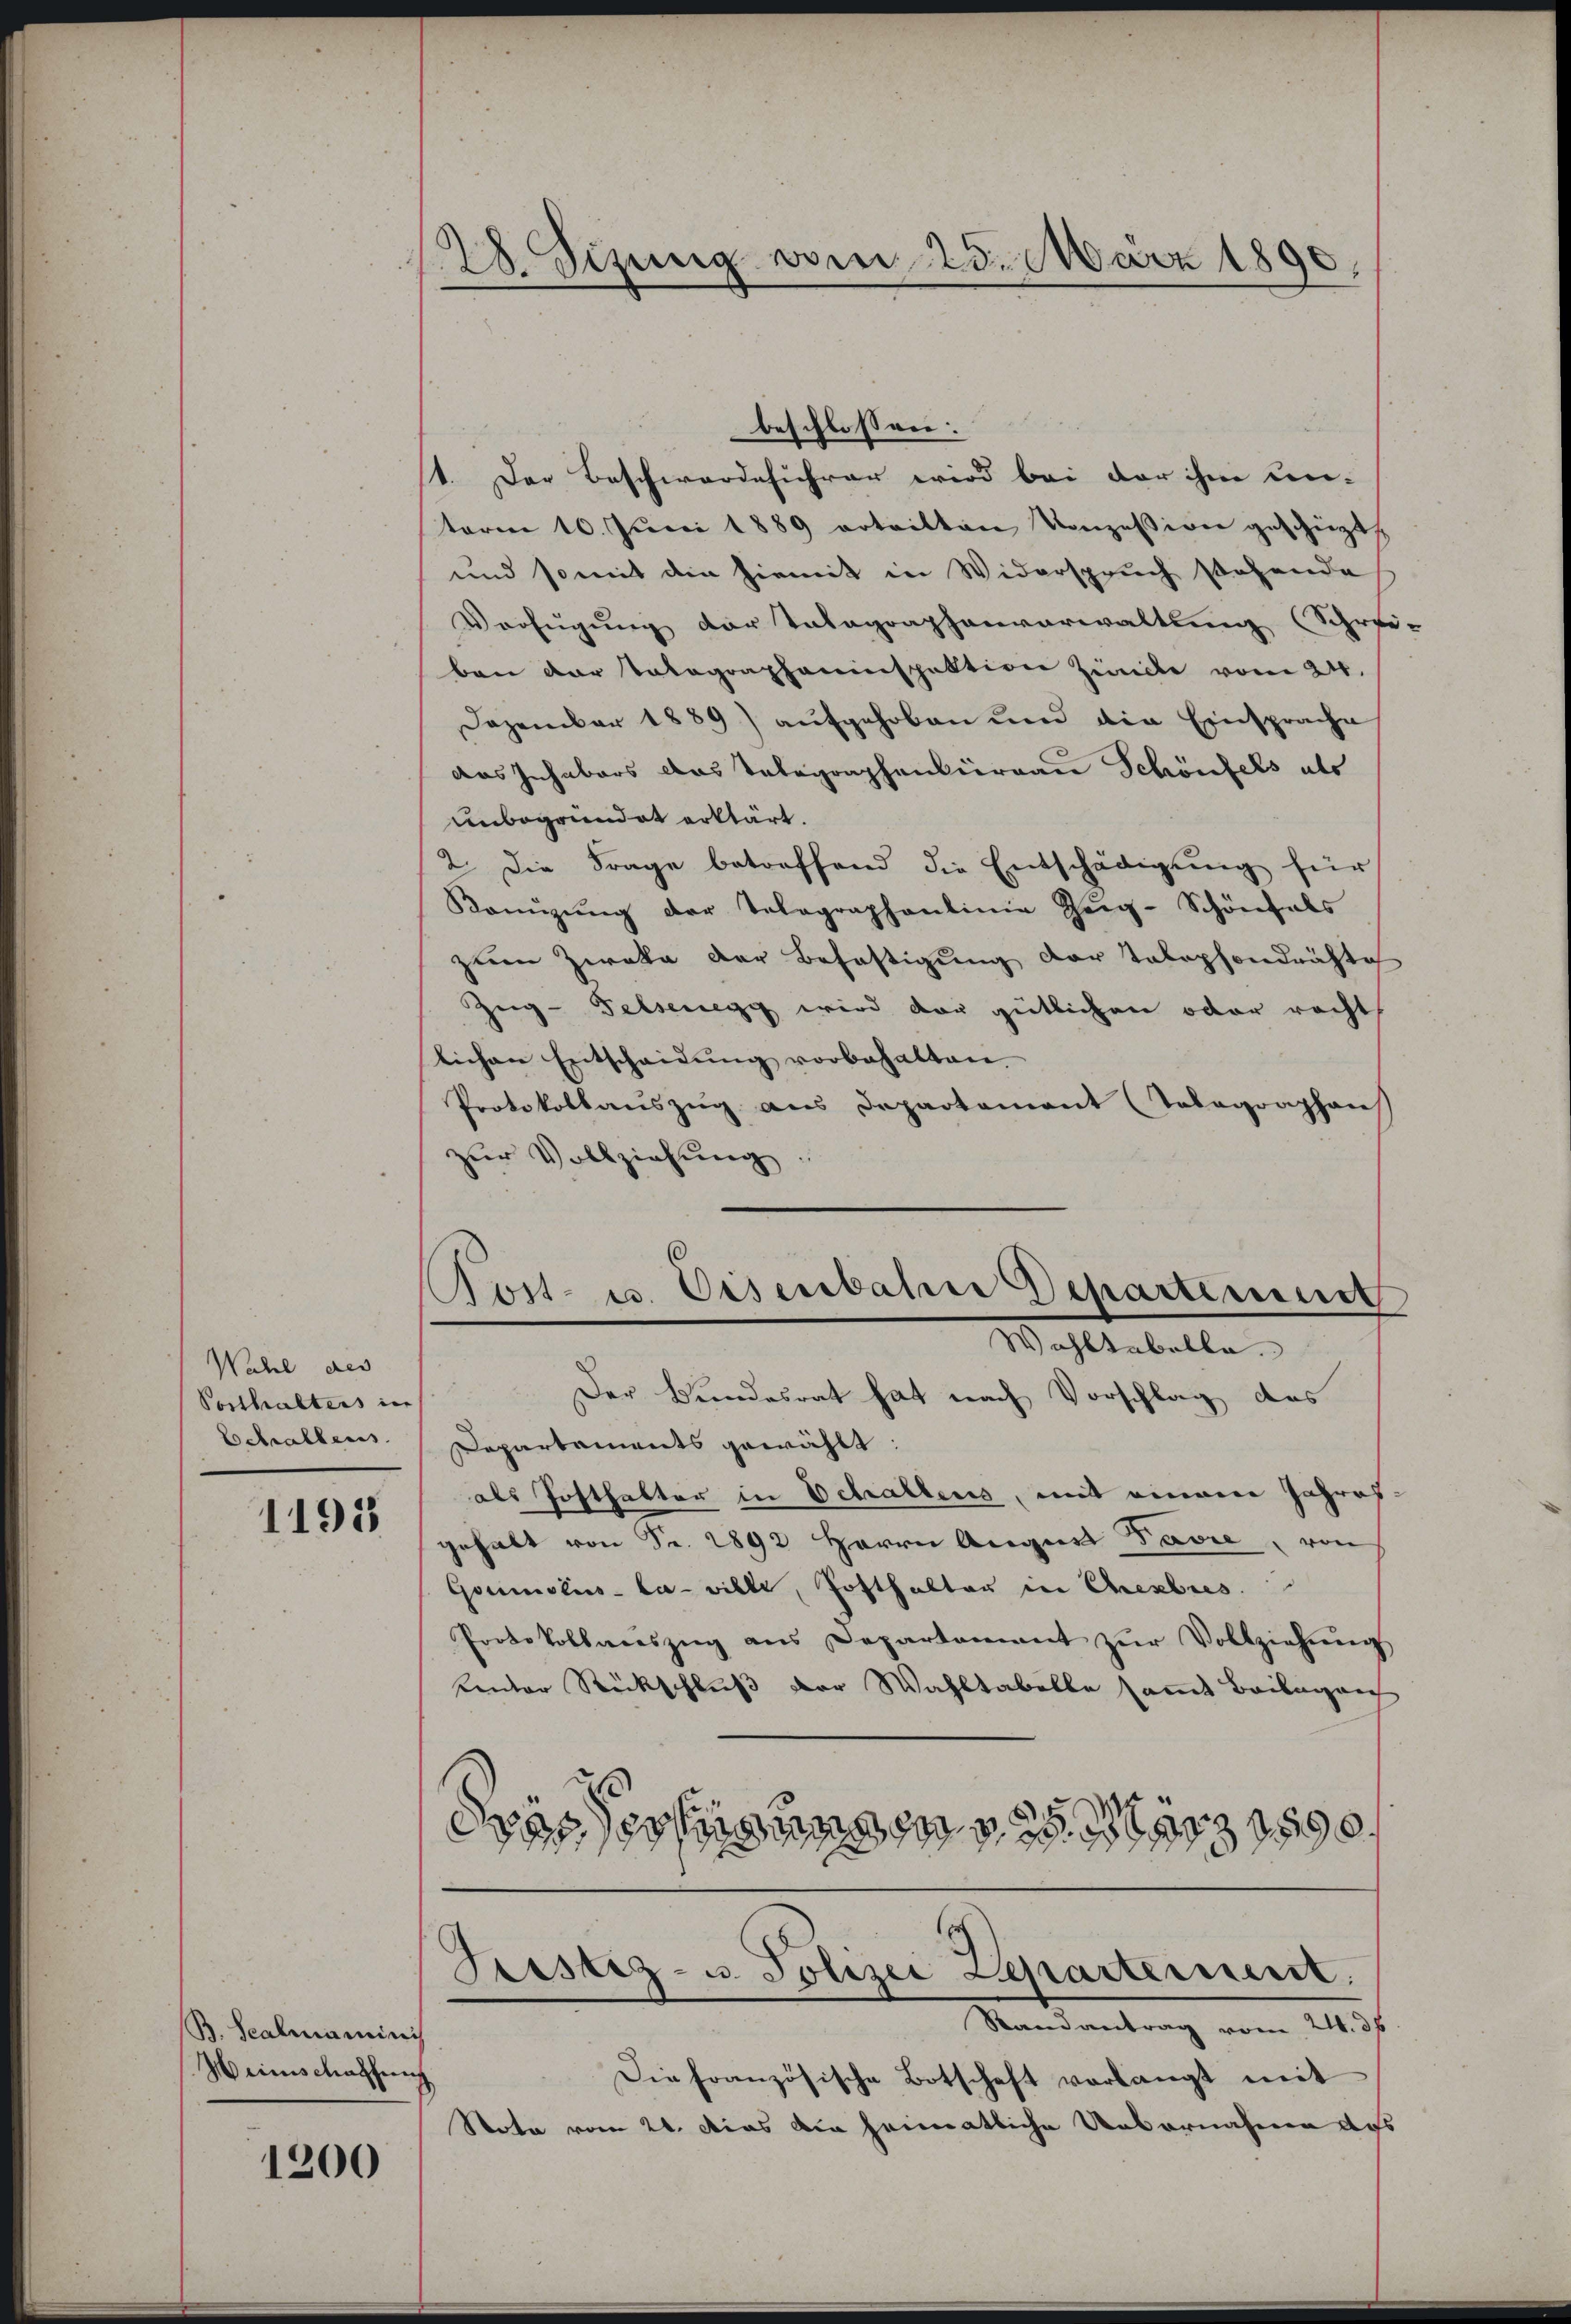
Wahl des
Posthalters in
Schallens

1195

B. Scalmancini
Meinschaffung

1200

128. Sizung vom 25. März 1890

beschlossen:
1. Der Beschwerde sicher wird bei der ihme un-
term 10. Juni 1889 vrteilten Konzession geschützt.
und somit die hiemit in Widerspruch sehende
Verfügung der Tatagraphenverwaltung (Schrei-
ben der Tatographeninspektion Zeite vom 24.
Dezember 1889) aufgehoben und die Einsprache
das Inhabers das Telegraphenvierau Schönfels als
unbegründet erklärt.
2. Die Frage betreffend die Entschädigung für
Konŭzŭng der Tolographenlinie Zeig-Schönfals
zum Zweka der Befestigung der Telephondrähte
Zug- Felsenegg wird der gütlichen oder recht
lichen Entscheidŭng vorbehalten.
Protokollauszug aus Departement (Telegraphens
zŭr Vollziehŭng.
Post- u. Eisenbahn Departement
Wohltabella
Der Bundesrat hat nach Vorschlag des
Departaments gewählt:
als Posthalter in Schaltens, mit einem Jahres-
gehalt von Fr. 2892 Herrn Augus Davre, von
Goumokus-La-ville, Hofthalter in Ehebres.
Protokollaszŭg ans Departamant zŭr Vollziehŭng
tentor Rückschluß der Wahltabelle sammt Beilagen
dar erinnen der

Fristiz- u. Polizei Departement.
Mandantung vom 11. f.

Die französische Botschaft vorlangt mit
Nota vom 21. Dies die heimatliche Uebernahmen aus